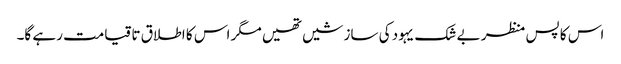
اس کا پس منظر بے شک یہود کی سازشیں تھیں مگر اس کا اطلاق تا قیامت رہے گا۔